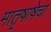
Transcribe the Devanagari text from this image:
मातृषाषेचा